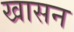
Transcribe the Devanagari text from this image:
खासन